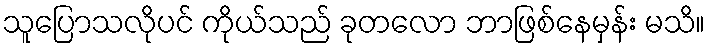
သူပြောသလိုပင် ကိုယ်သည် ခုတလော ဘာဖြစ်နေမှန်း မသိ။